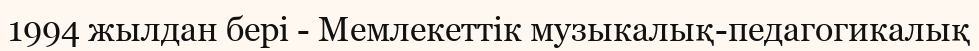
1994 жылдан бері - Мемлекеттік музыкалық-педагогикалық